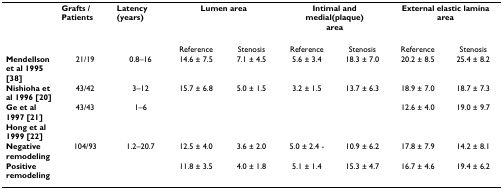
<table><thead><tr><td></td><td><b>Grafts /Patients</b></td><td><b>Latency(years)</b></td><td colspan="2"><b>Lumen area</b></td><td colspan="2"><b>Intimal and medial(plaque)area</b></td><td colspan="2"><b>External elastic lamina area</b></td></tr></thead><tbody><tr><td></td><td></td><td></td><td>Reference</td><td>Stenosis</td><td>Reference</td><td>Stenosis</td><td>Reference</td><td>Stenosis</td></tr><tr><td><b>Mendellson et al 1995 [38]</b></td><td>21/19</td><td>0.8–16</td><td>14.6 ± 7.5</td><td>7.1 ± 4.5</td><td>5.6 ± 3.4</td><td>18.3 ± 7.0</td><td>20.2 ± 8.5</td><td>25.4 ± 8.2</td></tr><tr><td><b>Nishioha et al 1996 [20]</b></td><td>43/42</td><td>3–12</td><td>15.7 ± 6.8</td><td>5.0 ± 1.5</td><td>3.2 ± 1.5</td><td>13.7 ± 6.3</td><td>18.9 ± 7.0</td><td>18.7 ± 7.3</td></tr><tr><td><b>Ge et al 1997 [21]</b></td><td>43/43</td><td>1–6</td><td></td><td></td><td></td><td></td><td>12.6 ± 4.0</td><td>19.0 ± 9.7</td></tr><tr><td><b>Hong et al 1999 [22]</b></td><td></td><td></td><td></td><td></td><td></td><td></td><td></td><td></td></tr><tr><td><b>Negative remodeling</b></td><td>104/93</td><td>1.2–20.7</td><td>12.5 ± 4.0</td><td>3.6 ± 2.0</td><td>5.0 ± 2.4 -</td><td>10.9 ± 6.2</td><td>17.8 ± 7.9</td><td>14.2 ± 8.1</td></tr><tr><td><b>Positive remodeling</b></td><td></td><td></td><td>11.8 ± 3.5</td><td>4.0 ± 1.8</td><td>5.1 ± 1.4</td><td>15.3 ± 4.7</td><td>16.7 ± 4.6</td><td>19.4 ± 6.2</td></tr></tbody></table>